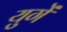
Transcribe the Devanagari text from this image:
युगें